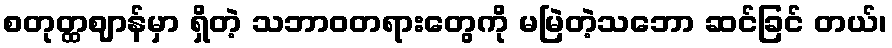
စတုတ္ထဈာန်မှာ ရှိတဲ့ သဘာဝတရားတွေကို မမြဲတဲ့သဘော ဆင်ခြင် တယ်၊